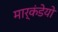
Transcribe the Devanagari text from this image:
मार्कंडेयो